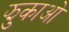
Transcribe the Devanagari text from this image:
झुकाओ